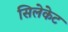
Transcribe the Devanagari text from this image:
सिलेकेट